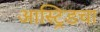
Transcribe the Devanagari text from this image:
आस्ट्रिडचा